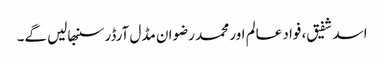
اسد شفیق، فواد عالم اور محمد رضوان مڈل آرڈر سنبھالیں گے۔